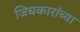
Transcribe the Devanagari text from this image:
जिचकारांच्या